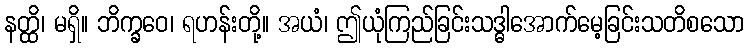
နတ္ထိ၊ မရှိ။ ဘိက္ခဝေ၊ ရဟန်းတို့။ အယံ၊ ဤယုံကြည်ခြင်းသဒ္ဓါအောက်မေ့ခြင်းသတိစသော